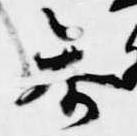
参